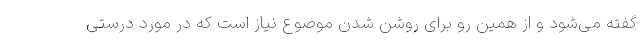
گفته می‌شود و از همین رو برای روشن شدن موضوع نیاز است که در مورد درستی